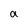
Character: a